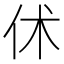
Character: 𠇲